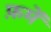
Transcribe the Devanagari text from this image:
फ़में